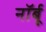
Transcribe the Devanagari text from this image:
नॉर्बू